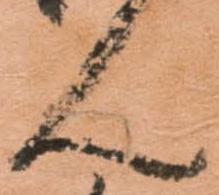
ん